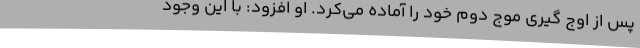
پس از اوج گیری موج دوم خود را آماده می‌کرد. او افزود: با این وجود